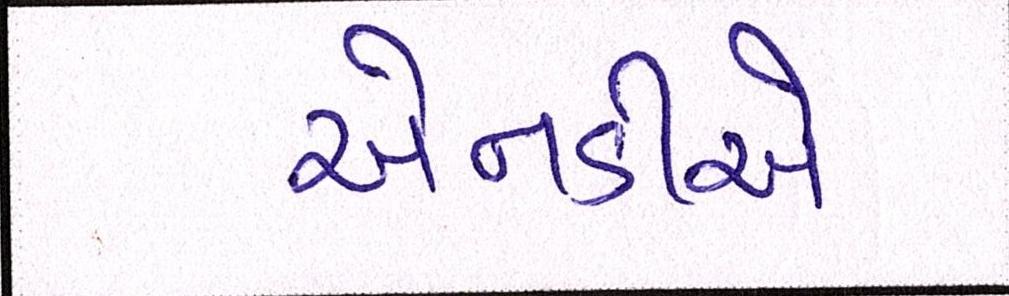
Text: એનડીએ